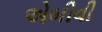
એબીવી